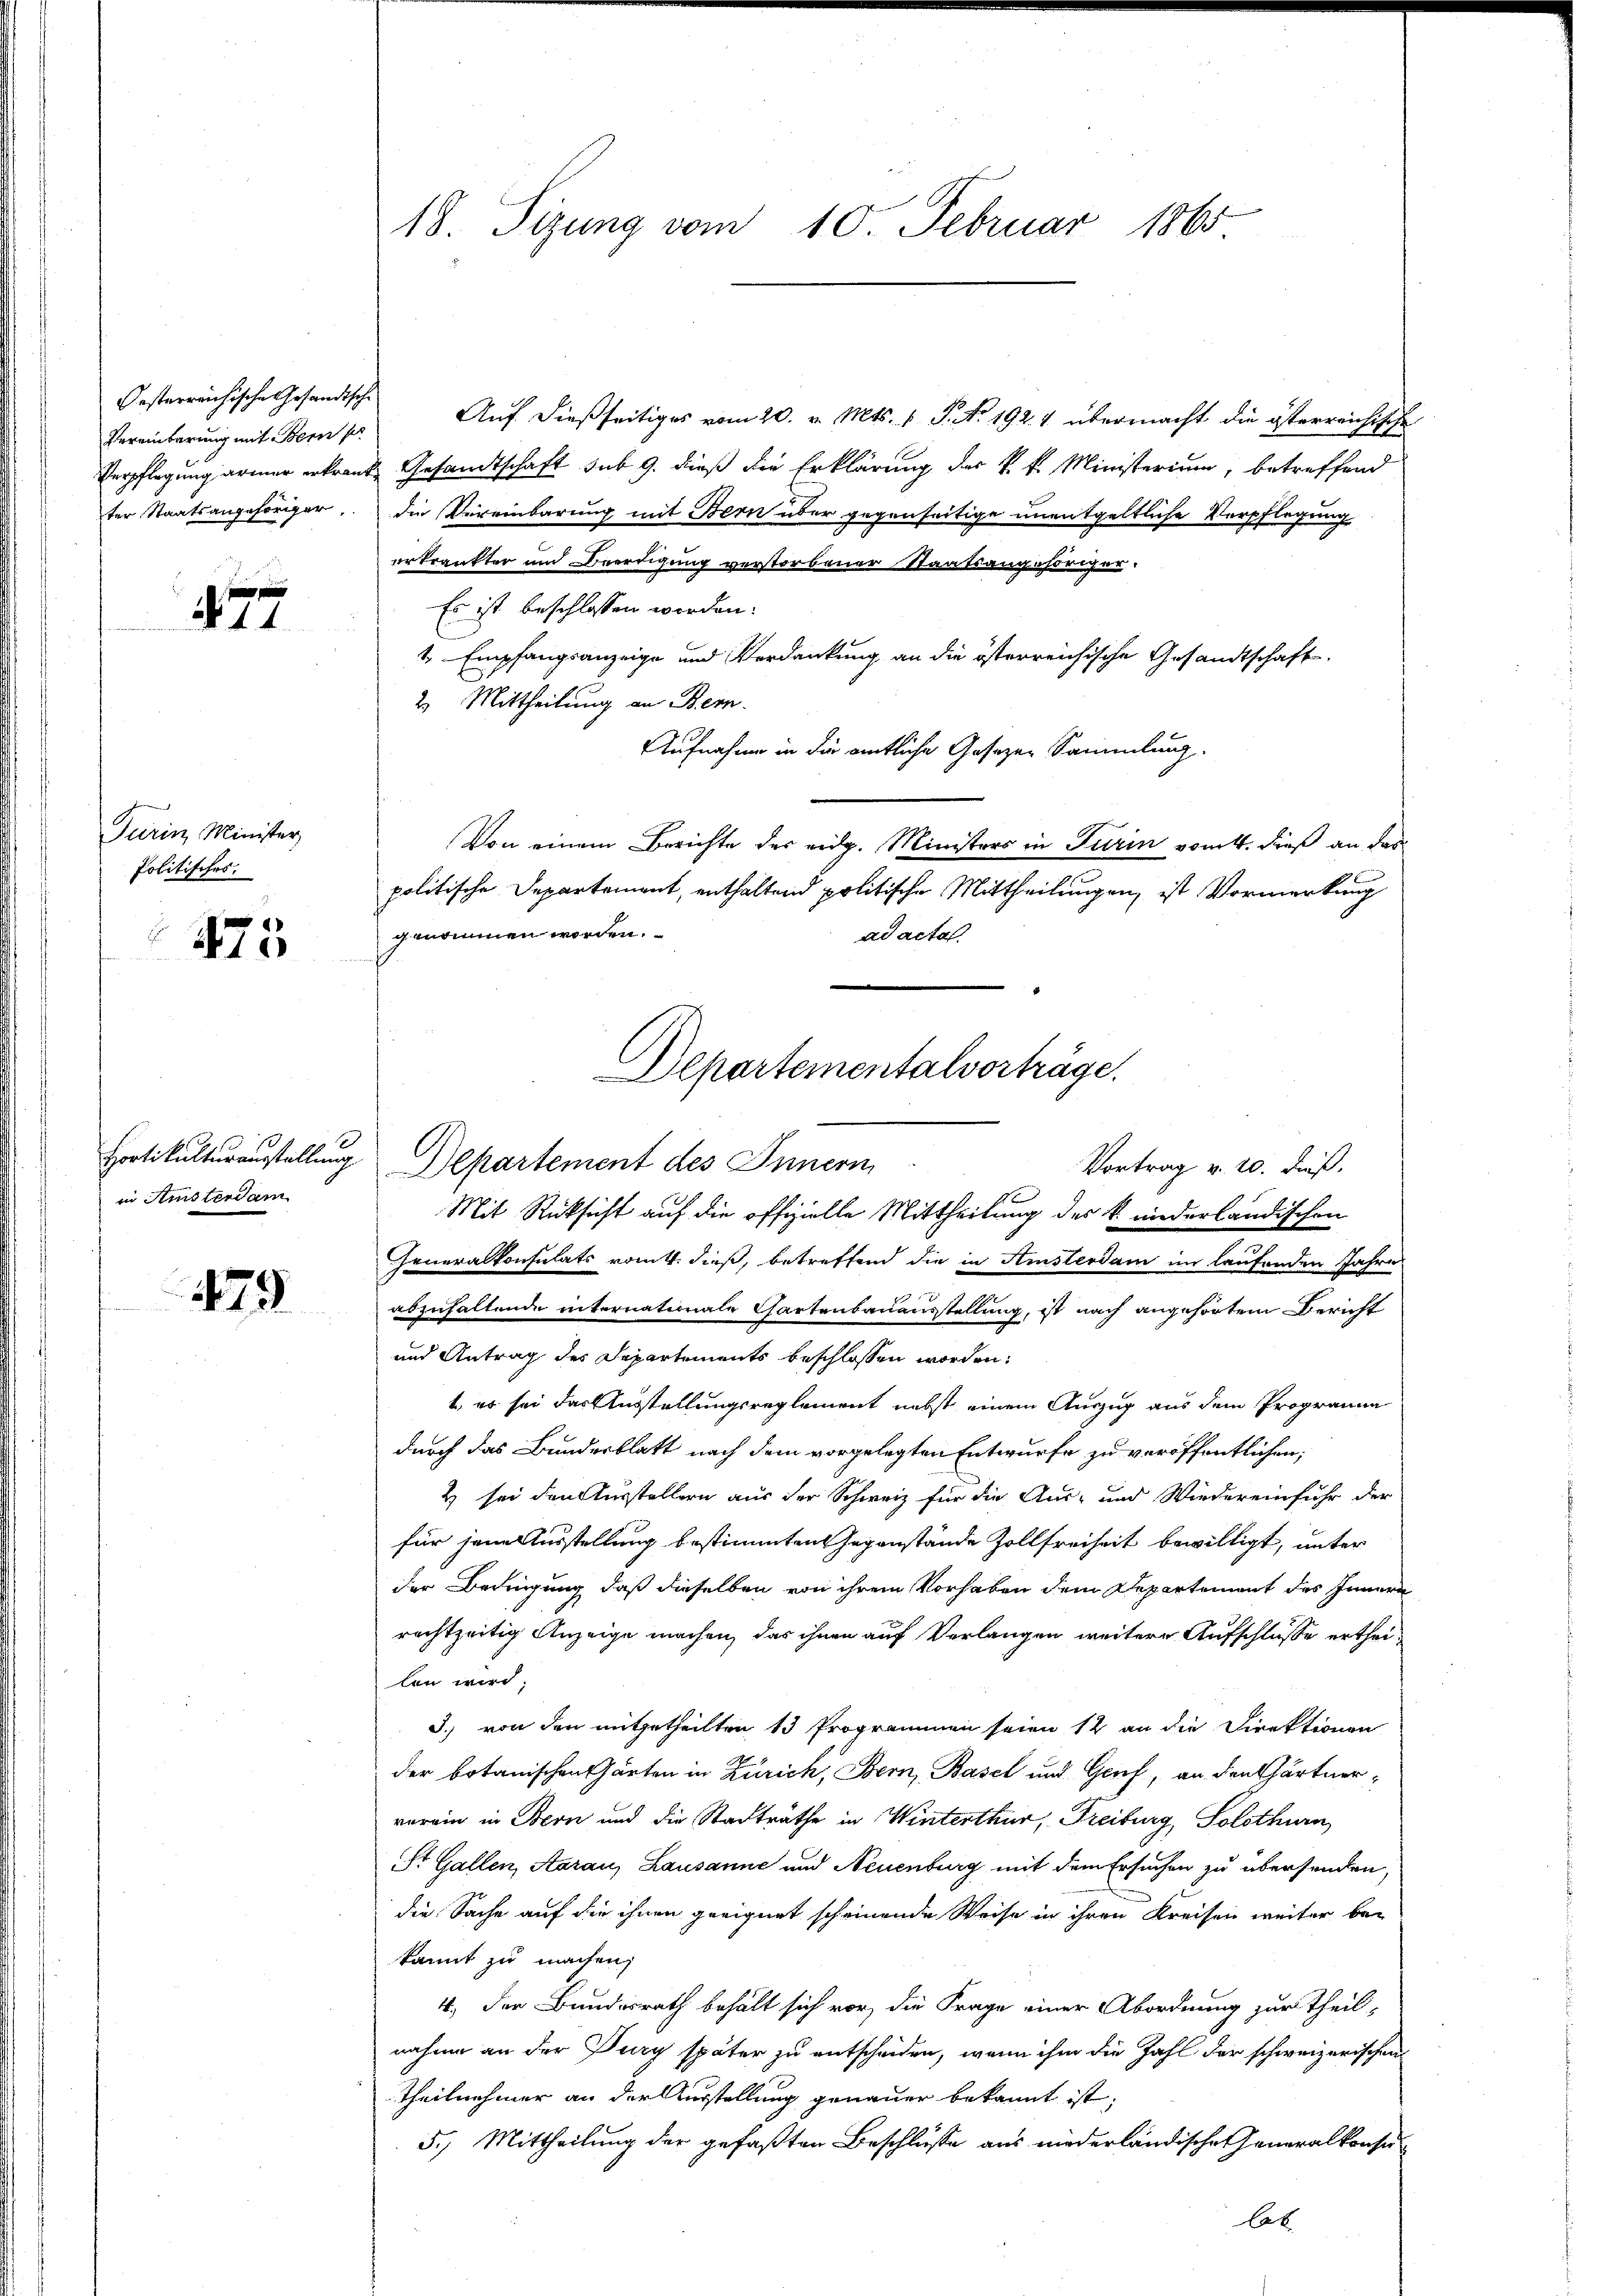
Oesterreichische Gesandtsche
Vereinbarung mit Bern pr
ter Staatsangehöriger.

177

Turin Minister,
Politisches.

175

Hortikulturausstellung
in Amsterdam

179

18. Sizung vom 10. Februar 1865

Auf dießseitiges vom 20. v. Mts. 1. P. Nr. 192. 4 übermacht die österreichische
Verpflegung armer erkrankt Gesandtschaft sub 9. dieß die Erklärung der k. k. Ministerium, betreffend
die Vereinbarung mit Bern über gegenseitige unentgeltliche Verpflegung
erkränkter und Beerdigung verstorbener Staatsangehöriger
Es ist beschlossen worden.
1 Empfangsanzeige und Verdankung an die österreichische Gesandtschaft
2. Mittheilung an Bern.
Aufnahme in die amtliche Gesezen Sammlung.
Von einem Berichte des eidg. Ministers in Turin vom 4. dieß an das
politische Departement, enthaltend politische Mittheilungen, ist Vormerkung
genommen worden.
ad acta.
Departement des Innern
Vortrag v. 20. dieß.
Mit Rücksicht auf die offizielle Mittheilung des k. niederländischen
Generalkonsulats vom 4. dieß, betreffend die in Amsterdam im laufenden Jahre
abzufallende internationale Gartenbauausstellung, ist nach angehörtem Bericht
und Antrag des Departements beschlossen worden:
1., es sei das Ausstellungsreglement nebst einem Auszug aus dem Programma
durch das Bundesblatt nach dem vorgelegten Entwurfe zu veröffentlichen;
2 sei den Ausstellern aus der Schweiz für die Aus- und Wiedereinfuhr der
für jene Ausstellung bestimmten Gegenstände Zollfreiheit bewilligt, unter
der Bedingung, daß dieselben von ihrem Vorhaben dem Departement des Innern
rechtzeitig Anzeige machen, das ihnen auf Verlangen weitere Aufschlüsse ertheilen wird.
3) von den mitgetheilten 13 Programmen seien 12 an die Direktionen
der botanischen Gärten in Zürich, Bern, Basel und Genf, an den Chartnerverein in Bern und die Stadträthe in Winterthur, Freiburg, Solothurn
St. Gallen, Aarau, Lausanne und Neuenburg mit dem Ersuchen zu übersenden,
die Sache auf die ihnen geeignet scheinende Weise in ihren Kreisen weiter bei
kannt zu machen,
4. Der Bundesrath behält sich vor, die Frage einer Abordnung zur Theil-
nahme an der Dury später zu entscheiden, wenn ihm die Zahl der schweizerischen
Theilnehmer an der Ausstellung genauer bekannt ist.
5.) Mittheilung der gefaßten Beschlüsse aus niederländische Generalkonse
bet

Departementalvorträge.